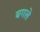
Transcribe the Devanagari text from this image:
बगले